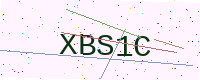
Text: XBS1C